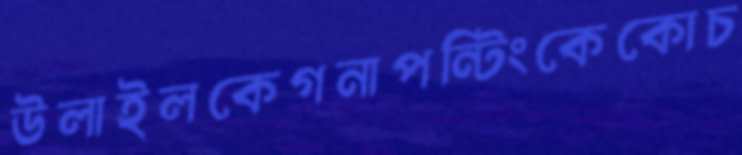
উলাইলকেগনাপন্টিংকেকোচ